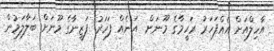
އާހިލްއަށް އެއްފަހަރު ރަހީމާގެ މޫނަށް  އަނެއް ފަހަރު ފަޒީނާގެ މޫނަށް ބަލާލަމުން